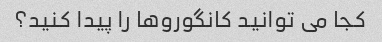
کجا می توانید کانگوروها را پیدا کنید؟